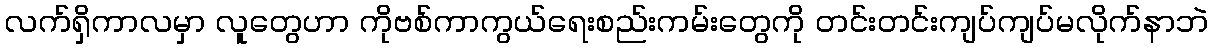
လက်ရှိကာလမှာ လူတွေဟာ ကိုဗစ်ကာကွယ်ရေးစည်းကမ်းတွေကို တင်းတင်းကျပ်ကျပ်မလိုက်နာဘဲ